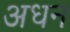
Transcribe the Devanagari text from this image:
अधन